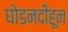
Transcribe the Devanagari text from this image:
घोडनदीहून